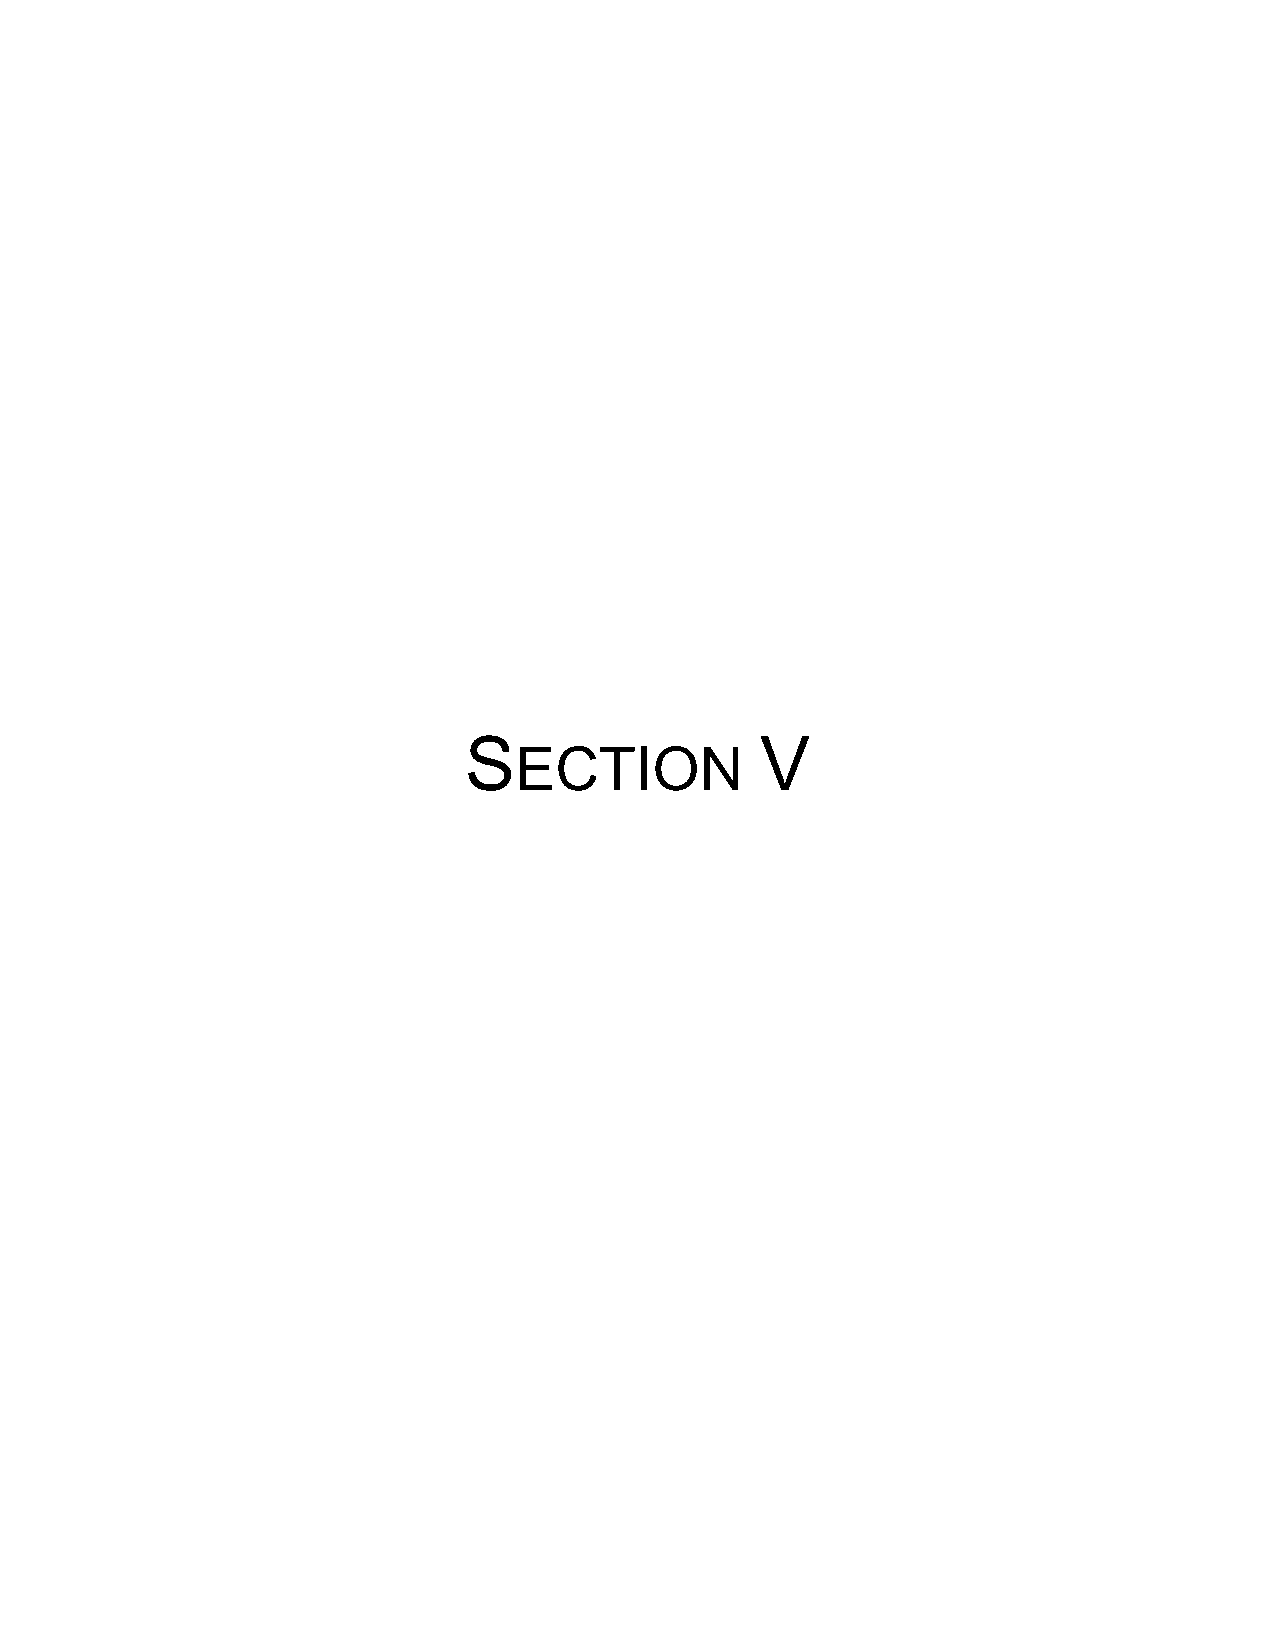
!                  "#
 !"#$%&’
 #                   #